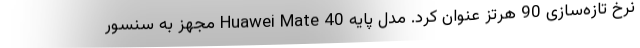
نرخ تازه‌سازی 90 هرتز عنوان کرد. مدل پایه Huawei Mate 40 مجهز به سنسور